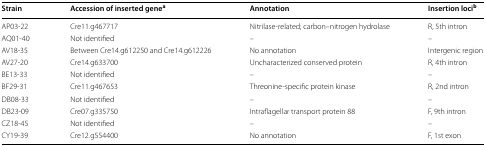
| Strain | Accession of inserted genea | Annotation | Insertion locib |
 | --- | --- | --- | --- |
 | AP03-22 | Cre11.g467717 | Nitrilase-related; carbon–nitrogen hydrolase | R, 5th intron |
 | AQ01-40 | Not identified | – | – |
 | AV18-35 | Between Cre14.g612250 and Cre14.g612226 | No annotation | Intergenic region |
 | AV27-20 | Cre14.g633700 | Uncharacterized conserved protein | R, 4th intron |
 | BE13-33 | Not identified | – | – |
 | BF29-31 | Cre11.g467653 | Threonine-specific protein kinase | R, 2nd intron |
 | DB08-33 | Not identified | – | – |
 | DB23-09 | Cre07.g335750 | Intraflagellar transport protein 88 | F, 9th intron |
 | CZ18-45 | Not identified | – | – |
 | CY19-39 | Cre12.g554400 | No annotation | F, 1st exon |